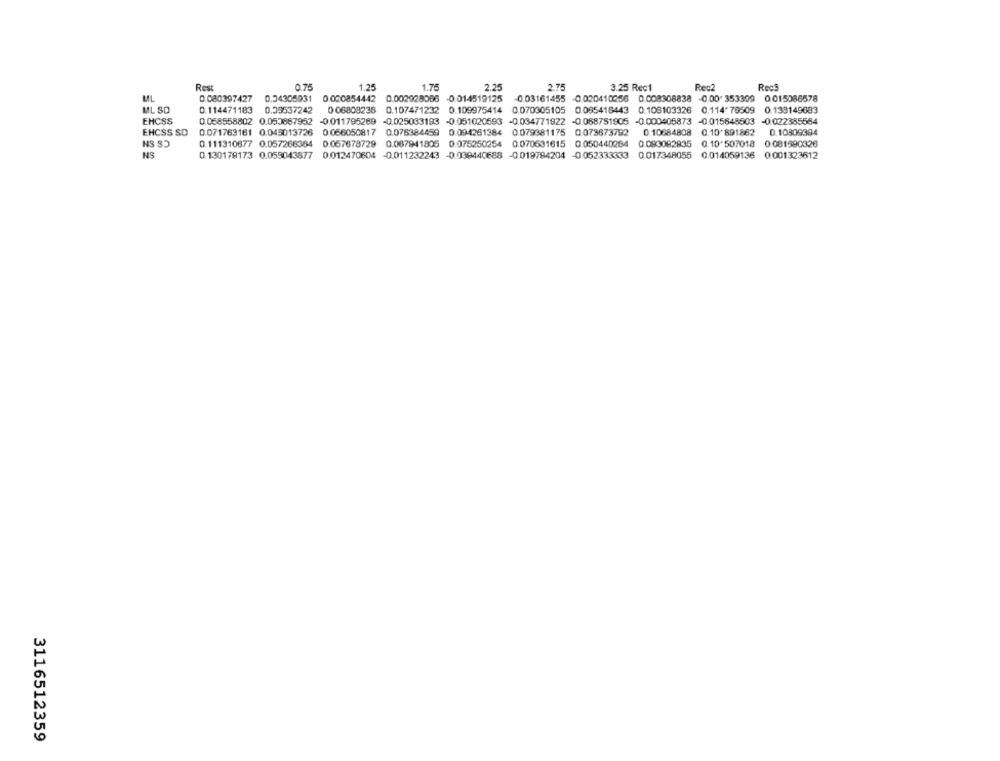
Rest
0.75
1.25
1.75
2.25
2.75
3.25 Rect
Rec2
Rect
0 080397427
0.54305931
0.050854442
0.002928086 -0.014519125
-0.03161455
-0.020410256 0.008308838 -0.00 353309 0.015066578
ML SD
0.114471183 0.09537242
0 06808238
0.107471232
0.109975414 0.070305105 0.085418443 0.106103326 0.114 76509 0.138149683
EHCSS
0.058558802 0.050867952
-0.011795269
-0.025033193 -0.051020593 -0.034771922 -0.068751905 -0.000405873 -0.015648503 -0.022385564
EHCSS SD
0.071763161 0.045013726
0.056050817
0.076384459 0.094261384 0.079381175 0073673792
0.10684808 0.10 891862
0.10309304
0.111310677 0.057266364
0.057678729 0.067941805 0.075250254 0.070631615 0.050440284 0.083082835 0.10 507018 0.081990326
NS
0.130179173 0.055043877
0.012470604 -0.011232243 -0.039440688 -0.019784204 -0.052333333 0.017348055
0.014059136 0.001323612
3116512359